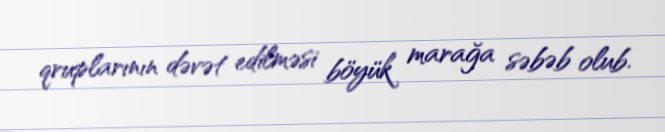
qruplarının dəvət edilməsi böyük marağa səbəb olub.